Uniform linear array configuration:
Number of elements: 48
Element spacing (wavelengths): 1
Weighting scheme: binomial
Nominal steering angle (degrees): -45
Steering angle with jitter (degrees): -45.726
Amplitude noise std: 0.05
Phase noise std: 0.05

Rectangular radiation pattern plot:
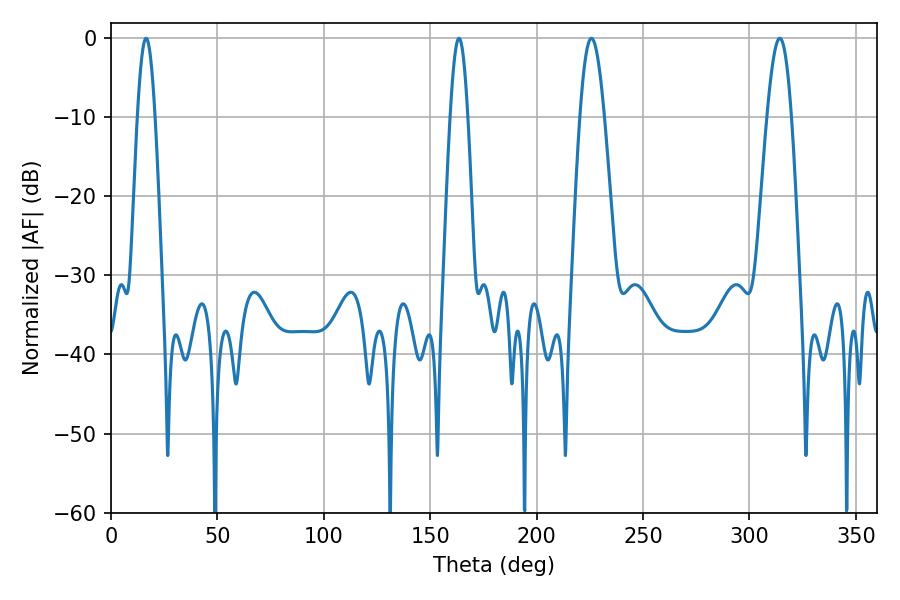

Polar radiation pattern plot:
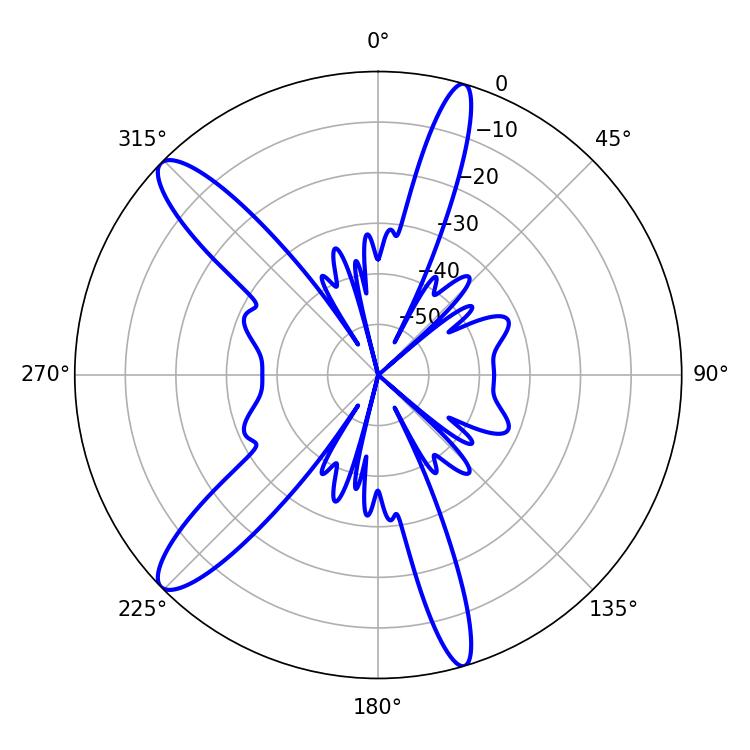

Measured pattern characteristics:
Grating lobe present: TRUE
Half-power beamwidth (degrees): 6.12
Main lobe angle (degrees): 225.72